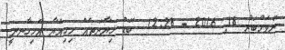
ނޮވެމްބަރު 18